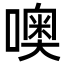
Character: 噢